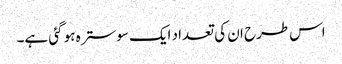
اس طرح ان کی تعداد ایک سو سترہ ہو گئی ہے۔